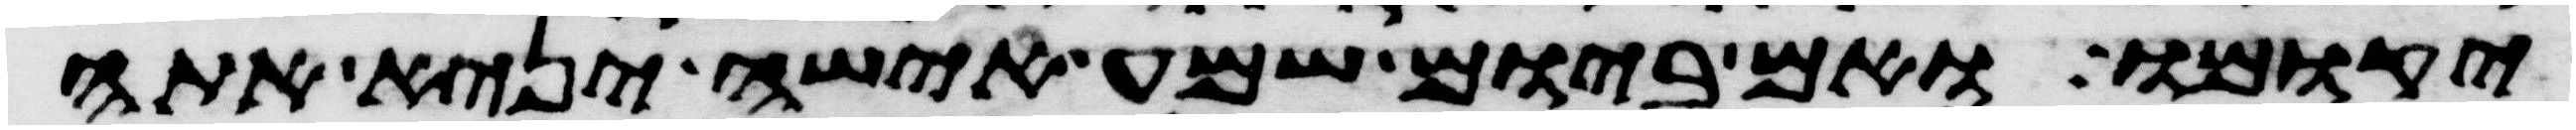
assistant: יקומו ואם ביום שמע אישה יניא אתה